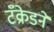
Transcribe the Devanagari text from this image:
टँक्रेडने